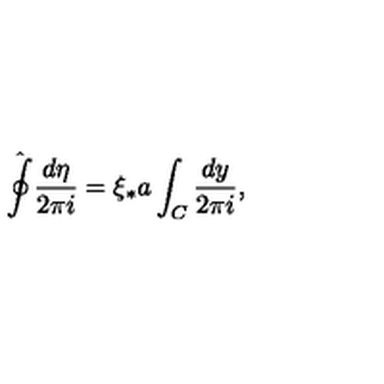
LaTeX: \hat { \oint } \frac { d \eta } { 2 \pi i } = \xi _ { * } a \int _ { C } \frac { d y } { 2 \pi i } ,